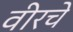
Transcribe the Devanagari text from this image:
वीरचे